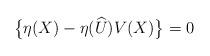
LaTeX: \begin{align*}\bigl\{\eta(X)-\eta(\widehat{U})V(X)\bigr\}=0\end{align*}